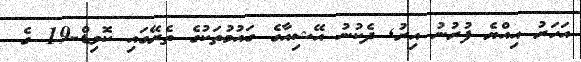
އަހަރު އިއްޔެ ފުރުނު އިރު